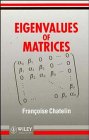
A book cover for Eigenvalues of Matrices; FranÃEÂ§oise Chatelin; Science & Math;